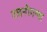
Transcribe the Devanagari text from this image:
रजनीगन्था